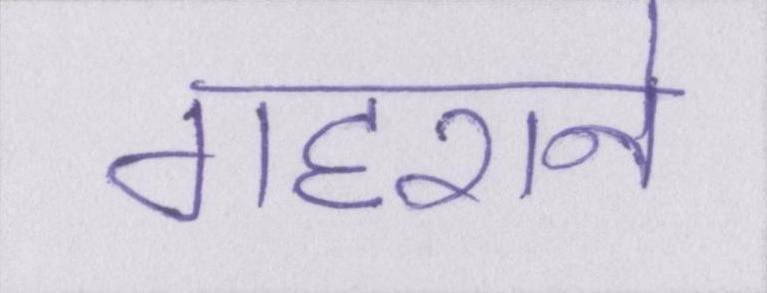
गहराने